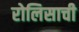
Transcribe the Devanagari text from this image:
रोलिसाची